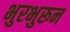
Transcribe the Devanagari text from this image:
भुरभुरून